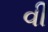
વી